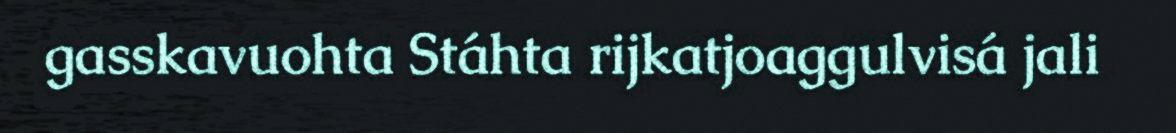
gasskavuohta Stáhta rijkatjoaggulvisá jali